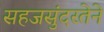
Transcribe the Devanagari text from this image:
सहजसुंदरतेने